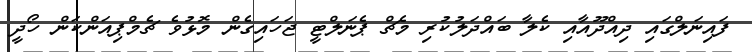
ފައިނަލްގައި ދިއްދޫއާއި ކެލާ ބައްދަލުކުރި މެޗް ޕެނަލްޓީ ޖަހައިގެން މޮޅުވެ ޗެމްޕިއަންކަން ހޯދީ